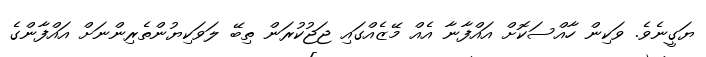
ޔަގީނެވެ. ވަކިން ހާއްސަކޮށް އައްފާނާ އެއް މޭޒެއްގައި ޖަޖުކުރަން ތިބޭ ލަވަކިޔުންތެރިންނަށް އައްފާންގެ